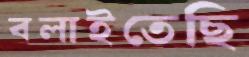
বলাইতেছি